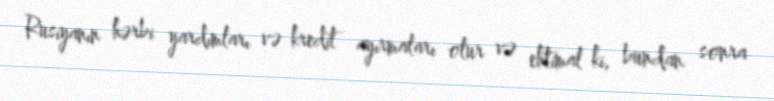
Rusiyanın hərbi yardımları və kredit ayırmaları olur və ehtimal ki, bundan sonra